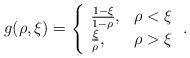
LaTeX: \begin{align*}g(\rho,\xi)=\left\{\begin{array}{lr}\frac{1-\xi}{1-\rho}, & \rho<\xi\\\frac{\xi}{\rho}, & \rho>\xi\\\end{array}\right. .\end{align*}